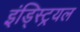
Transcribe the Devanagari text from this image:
इंड्स्ट्रियल